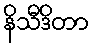
နိသီဒိတာ